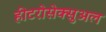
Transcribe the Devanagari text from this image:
हीटरोसेक्सुअल